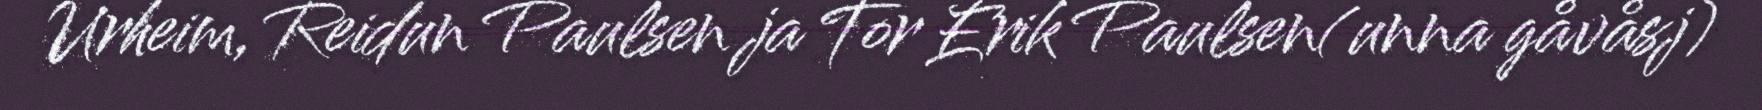
Urheim, Reidun Paulsen ja Tor Erik Paulsen(unna gåvåsj)